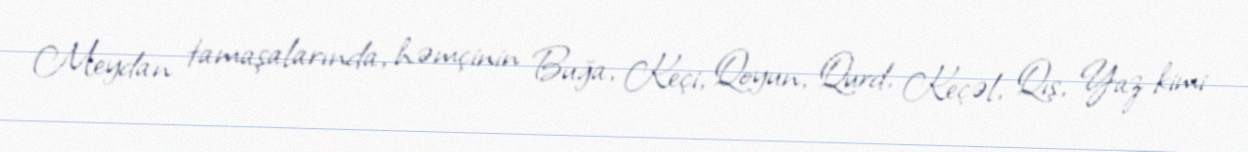
Meydan tamaşalarında, həmçinin Buğa, Keçi, Qoyun, Qurd, Keçəl, Qış, Yaz kimi